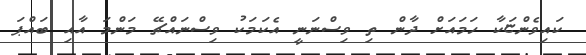
ކައިވެންޏަކާ ހަމައަށް ދާން ތި ވިސްނަނީ އެކަމަކު ވިސްނައްޗޭ މަންމަ އާއި ބައްޕަ